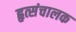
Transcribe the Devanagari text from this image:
हृत्संचालक